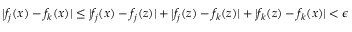
| f _ { j } ( x ) - f _ { k } ( x ) | \leq | f _ { j } ( x ) - f _ { j } ( z ) | + | f _ { j } ( z ) - f _ { k } ( z ) | + | f _ { k } ( z ) - f _ { k } ( x ) | < \epsilon